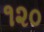
૧૨૦